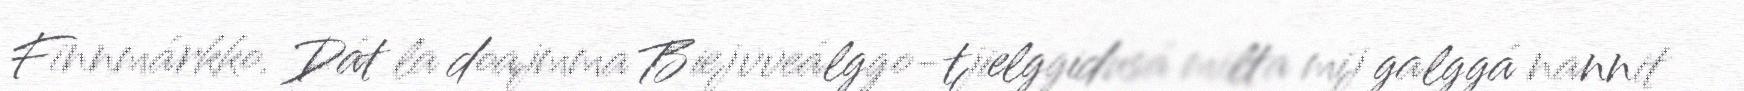
Finnmárkko. Dát la doajmma Biejvveálggo-tjielggidusá milta mij galggá nannit